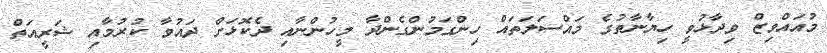
މުއައްވިޒް ވިދާޅުވީ ހިޔާނާތުގެ މައްސަލަތައް ހިންގަމުންގެންދާ މީހުންނާއި ދެކޮޅަށް ދައުވާ ކުރުމާއި ޝަރީއަތް